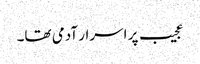
عجیب پر اسرار آدمی تھا۔